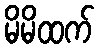
မိမိထက်